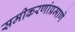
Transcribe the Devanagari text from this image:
समीकरणांप्रमाणे